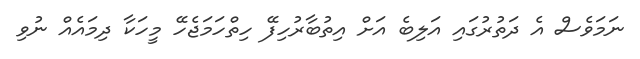
ނަމަވެސް އެ ދަތުރުގައި އަލިބެ އަށް އިތުބާރުހިފޭ ހިތްހަމަޖެހޭ މީހަކާ ދިމައެއް ނުވި